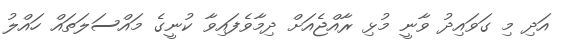
އަދި މި ގަވައިދު ވާނީ މުޅި ރާއްޖެއަށް ދިމާވެފައިވާ ކުނީގެ މައްސަލަތައް ހައްލު